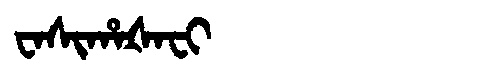
Manchu: ᠸᠠᠰᡳᡥᠠᡧᠠᠸᡳ
Romanization: WASIHAŠAFI